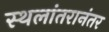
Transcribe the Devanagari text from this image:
स्थलांतरानंतर